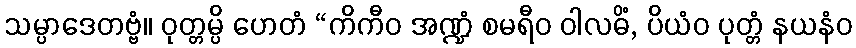
သမ္ပာဒေတဗ္ဗံ။ ဝုတ္တမ္ပိ ဟေတံ “ကိကီဝ အဏ္ဍံ စမရီဝ ဝါလဓိံ, ပိယံဝ ပုတ္တံ နယနံဝ